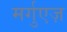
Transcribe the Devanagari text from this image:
मर्गुएज़